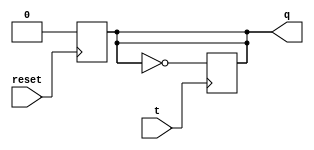
module Tff (q,t,reset);
  output q;
  input t,reset;
  reg q;

  always @ ( negedge t ) begin
    q <= ~q;
  end

  always @ ( posedge reset ) begin
    q <= 1'b0;
  end
endmodule